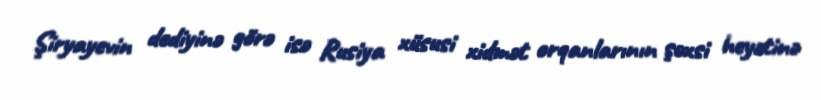
Şiryayevin dediyinə görə isə Rusiya xüsusi xidmət orqanlarının şəxsi heyətinə